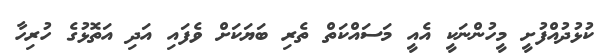
ކުޅުދުއްފުށީ މީހުންނަކީ އެއީ މަސައްކަތް ތެރި ބަޔަކަށް ވެފައި އަދި އަތޮޅުގެ ހުރިހާ